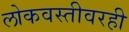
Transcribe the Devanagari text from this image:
लोकवस्तीवरही